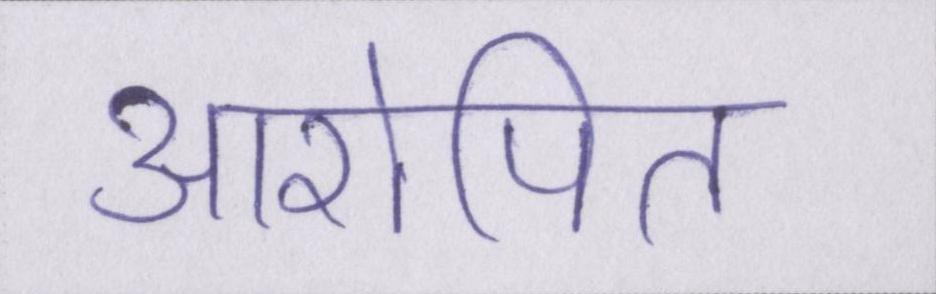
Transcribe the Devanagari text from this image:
आरोपित